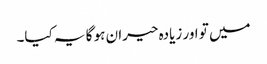
میں تو اور زیادہ حیران ہو گا یہ کیا۔